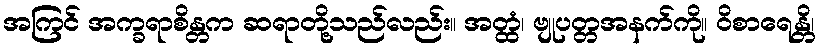
အကြင် အက္ခရာစိန္တက ဆရာတို့သည်လည်း။ အတ္ထံ၊ ဗျုပတ္တအနက်ကို။ ဝိစာရေန္တိ၊